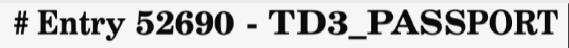
# Entry 52690 - TD3_PASSPORT